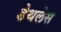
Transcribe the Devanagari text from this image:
डेथलेस